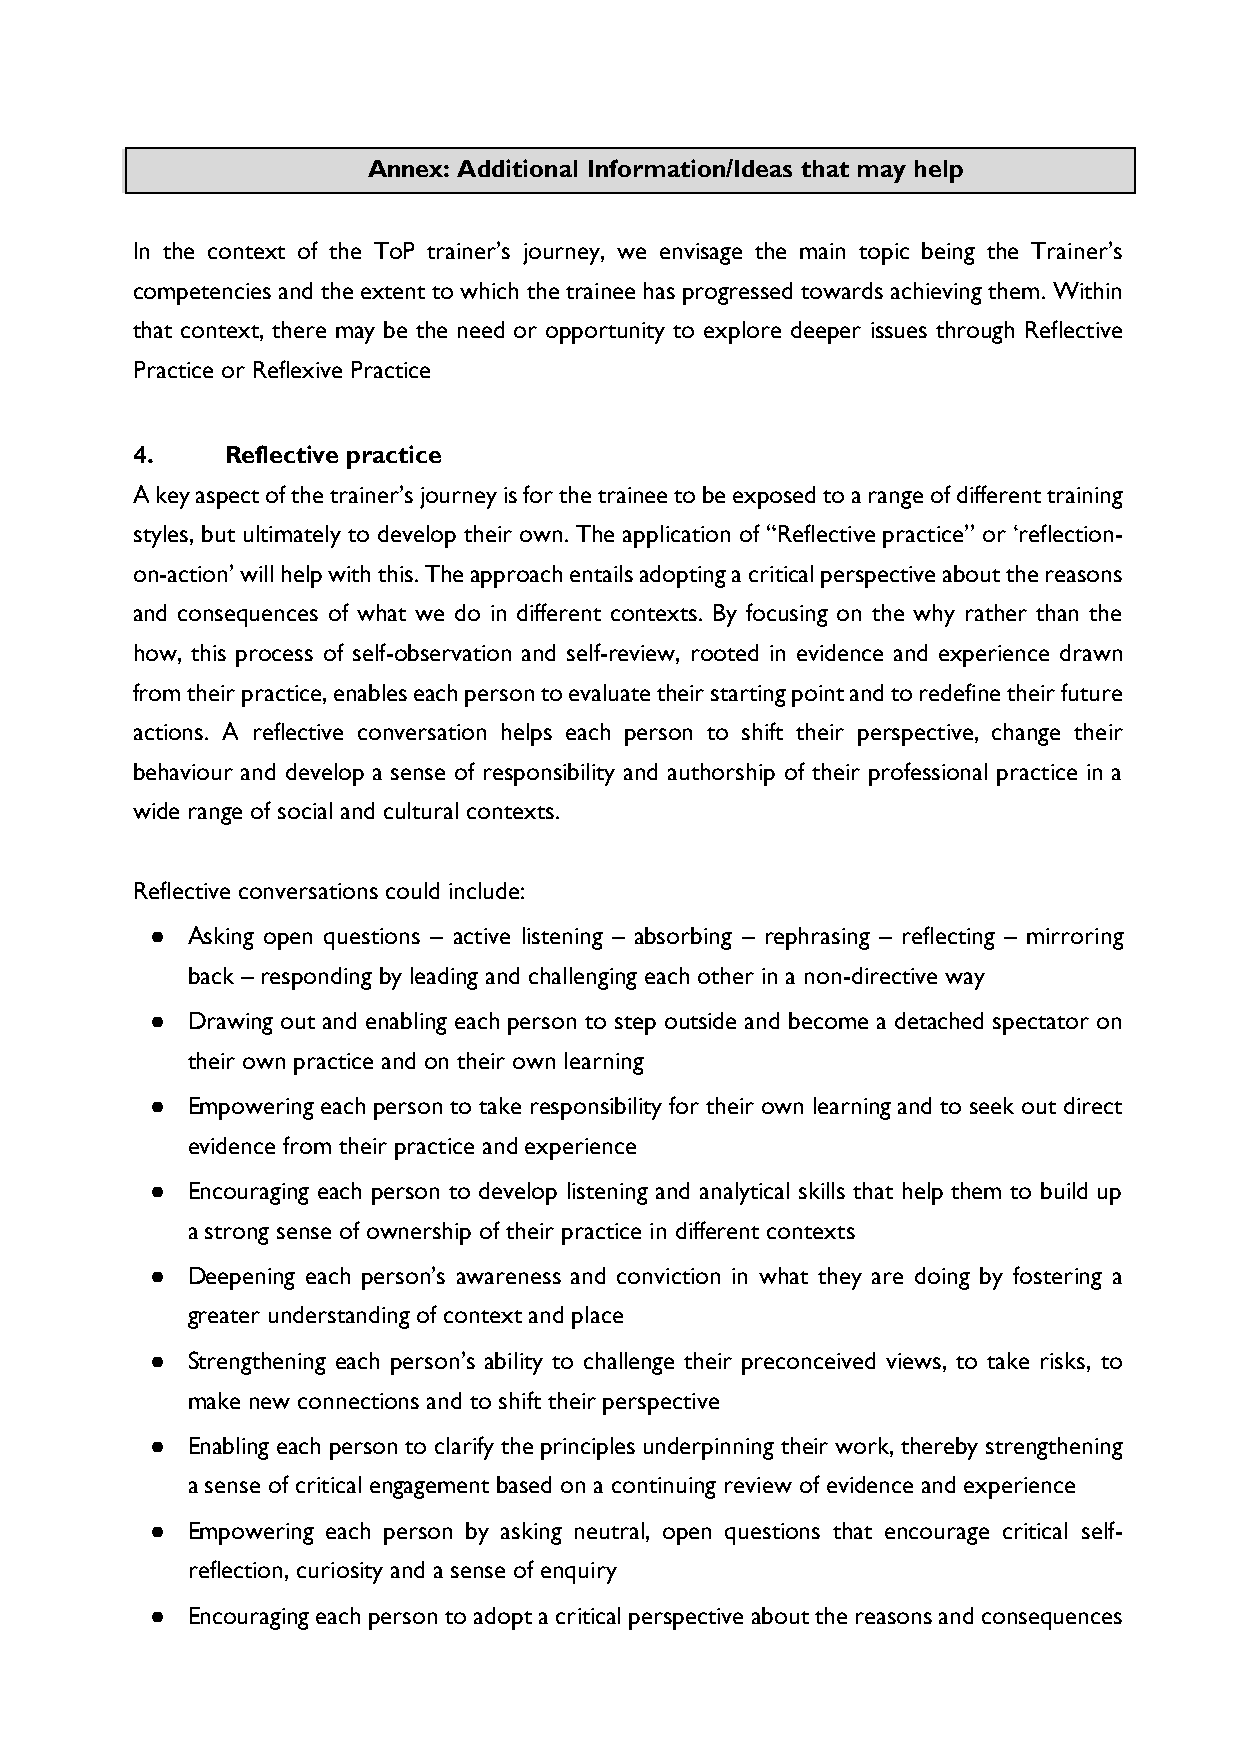
Annex: Additional Information/Ideas that may help
 In the context of the ToP trainer’s journey, we envisage the main topic being the Trainer’s
 competencies and the extent to which the trainee has progressed towards achieving them. Within
 that context, there may be the need or opportunity to explore deeper issues through Reflective
 Practice or Reflexive Practice
 4.    Reflective practice
 A key aspect of the trainer’s journey is for the trainee to be exposed to a range of different training
 styles, but ultimately to develop their own. The application of “Reflective practice” or ‘reflection-
 on-action’ will help with this. The approach entails adopting a critical perspective about the reasons
 and consequences of what we do in different contexts. By focusing on the why rather than the
 how, this process of self-observation and self-review, rooted in evidence and experience drawn
 from their practice, enables each person to evaluate their starting point and to redefine their future
 actions. A reflective conversation helps each person to shift their perspective, change their
 behaviour and develop a sense of responsibility and authorship of their professional practice in a
 wide range of social and cultural contexts.
 Reflective conversations could include:
 ● Asking open questions – active listening – absorbing – rephrasing – reflecting – mirroring
 back – responding by leading and challenging each other in a non-directive way
 ● Drawing out and enabling each person to step outside and become a detached spectator on
 their own practice and on their own learning
 ● Empowering each person to take responsibility for their own learning and to seek out direct
 evidence from their practice and experience
 ● Encouraging each person to develop listening and analytical skills that help them to build up
 a strong sense of ownership of their practice in different contexts
 ● Deepening each person’s awareness and conviction in what they are doing by fostering a
 greater understanding of context and place
 ● Strengthening each person’s ability to challenge their preconceived views, to take risks, to
 make new connections and to shift their perspective
 ● Enabling each person to clarify the principles underpinning their work, thereby strengthening
 a sense of critical engagement based on a continuing review of evidence and experience
 ● Empowering each person by asking neutral, open questions that encourage critical self-
 reflection, curiosity and a sense of enquiry
 ● Encouraging each person to adopt a critical perspective about the reasons and consequences